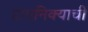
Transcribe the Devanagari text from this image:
टांगनिक्याची